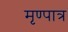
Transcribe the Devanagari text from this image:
मृण्पात्र